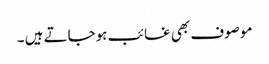
موصوف بھی غائب ہوجاتے ہیں ۔